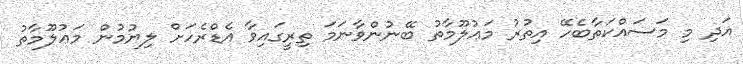
އަދި މި މަސައްކަތާބެހޭ އިތުރު މަޢުލޫމާތު ބޭނުންވާނަމަ ތިރީގައިވާ އެޑްރެހަށް ލިޔުމުން މަޢުލޫމާތު